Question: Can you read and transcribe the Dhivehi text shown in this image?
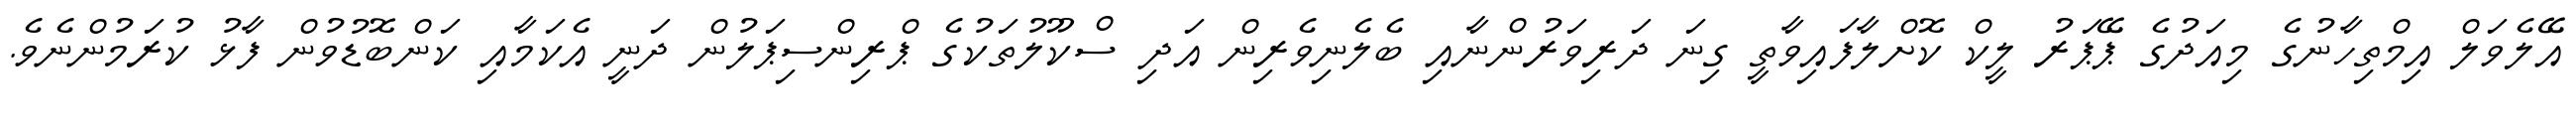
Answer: އޭލެވަލް އިމްތިހާނުގެ މިއަދުގެ ޕޭޕަރު ލީކް ކޮށްލާފައިވާތީ ގިނަ ދަރިވަރުންނާއި ބެލެނިވެރިން އަދި ސްކޫލުތަކުގެ ޕްރިންސިޕަލުން ދަނީ އެކަމާއި ކަންބޮޑުވުން ފާޅު ކުރަމުންނެވެ.